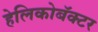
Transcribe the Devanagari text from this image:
हेलिकोबॅक्टर